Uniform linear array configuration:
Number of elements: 8
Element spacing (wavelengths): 0.75
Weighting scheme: exponential
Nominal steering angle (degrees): -45
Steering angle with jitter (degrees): -43.366
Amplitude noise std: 0.05
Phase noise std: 0.05

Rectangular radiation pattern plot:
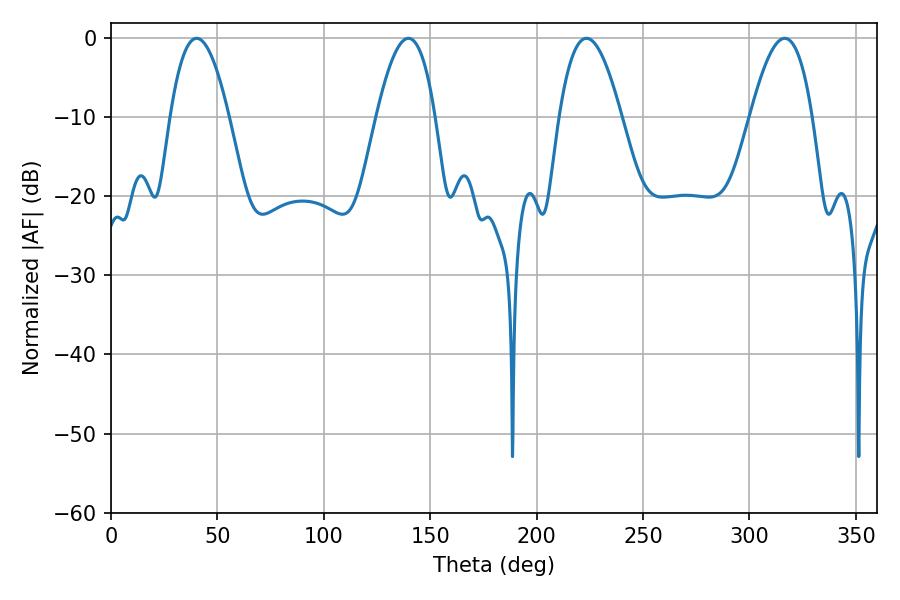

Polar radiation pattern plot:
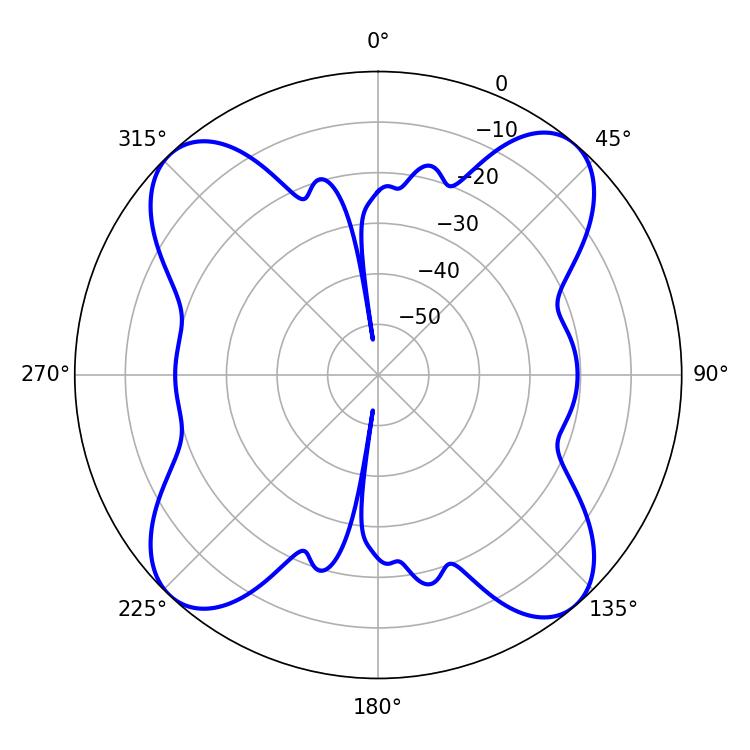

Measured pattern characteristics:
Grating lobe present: TRUE
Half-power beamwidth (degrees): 16.02
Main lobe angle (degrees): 223.38